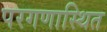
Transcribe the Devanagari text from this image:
परगणास्थित